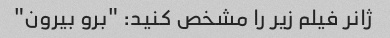
ژانر فیلم زیر را مشخص کنید: "برو بیرون"